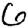
Digit: 6